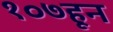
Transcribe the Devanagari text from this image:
१०७हून